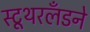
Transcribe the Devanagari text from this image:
स्टूथरलँडने